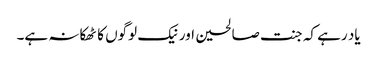
یاد رہے کہ جنت صالحین اور نیک لوگوں کا ٹھکانہ ہے۔